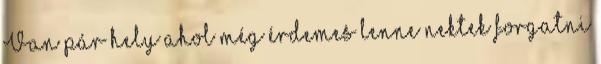
Van pár hely ahol még érdemes lenne nektek forgatni